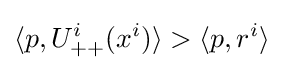
\langle p,U_{++}^{i}(x^{i})\rangle >\langle p,r^{i}\rangle